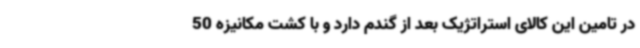
در تامین این کالای استراتژیک بعد از گندم دارد و با کشت مکانیزه 50